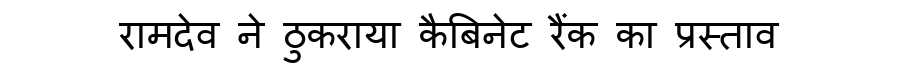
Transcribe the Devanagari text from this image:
रामदेव ने ठुकराया कैबिनेट रैंक का प्रस्ताव